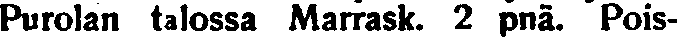
Purolan talossa Marrask. 2 pnä. Pois-